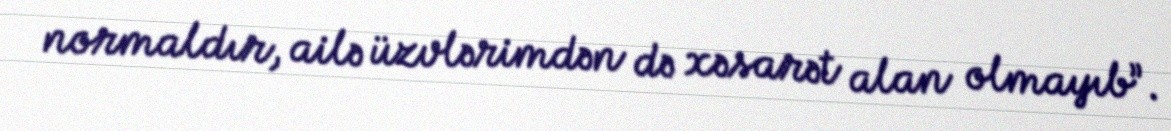
normaldır, ailə üzvlərimdən də xəsarət alan olmayıb”.